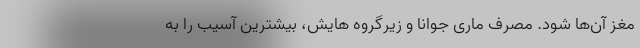
مغز آن‌ها شود. مصرف ماری جوانا و زیرگروه هایش، بیشترین آسیب را به